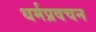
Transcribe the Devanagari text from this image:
धर्मप्रवचन